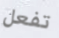
تفعل